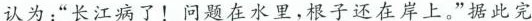
认为：”长江病了！问题在水里，根子还在岸上。”据此完